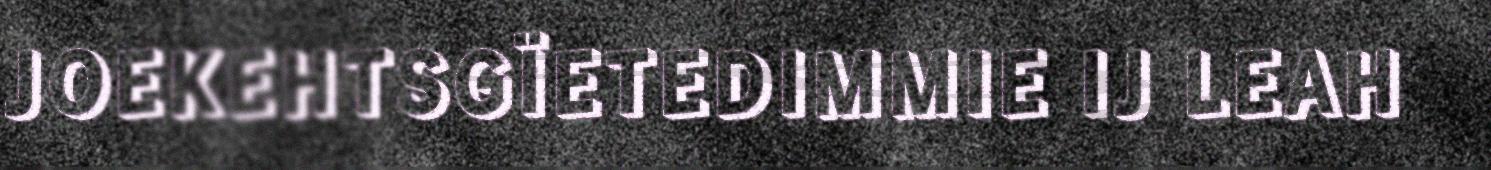
JOEKEHTSGÏETEDIMMIE IJ LEAH